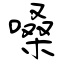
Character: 嗓